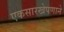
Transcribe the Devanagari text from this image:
एकसारखेपणाने